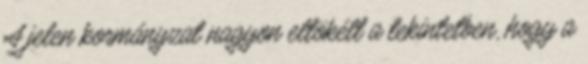
A jelen kormányzat nagyon eltökélt a tekintetben, hogy a